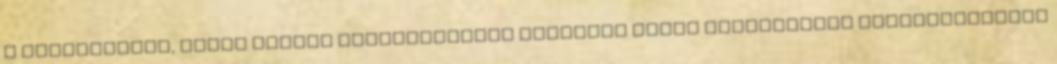
a feleségüket, annak súlyos következménye lehetett saját szaporodási sikerességükre